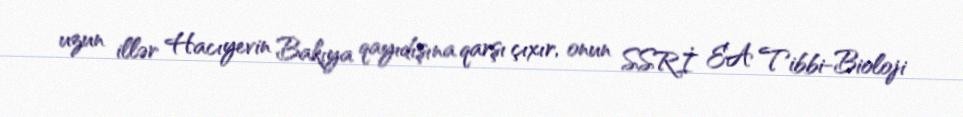
uzun illər Hacıyevin Bakıya qayıdışına qarşı çıxır, onun SSRİ EA Tibbi-Bioloji